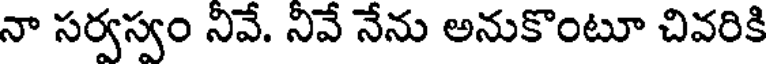
నా సర్వస్వం నివే. నివే నేను అనుకొంటూ చివరికి